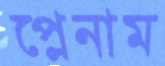
প্লেনাম